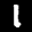
Label: 1